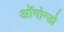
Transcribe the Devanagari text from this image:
ओंगोन्डो